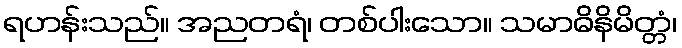
ရဟန်းသည်။ အညတရံ၊ တစ်ပါးသော။ သမာဓိနိမိတ္တံ၊